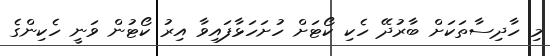
މި ހާދިސާތަކަށް ބާރުދޭ ހެކި ކޯޓަށް ހުށަހަޅާފައިވާ އިރު ކޯޓުން ވަނީ ހެކިންގެ